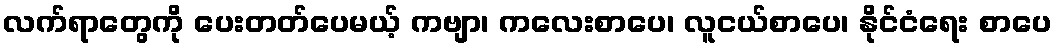
လက်ရာတွေကို ပေးတတ်ပေမယ့် ကဗျာ၊ ကလေးစာပေ၊ လူငယ်စာပေ၊ နိုင်ငံရေး စာပေ